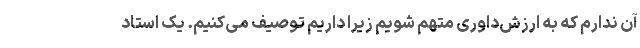
آن ندارم که به ارزش‌داوری متهم شویم زیرا داریم توصیف می‌کنیم. یک استاد